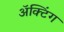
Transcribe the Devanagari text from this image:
अॅक्टिंग